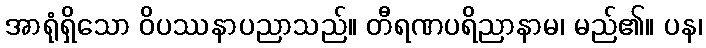
အာရုံရှိသော ဝိပဿနာပညာသည်။ တီရဏပရိညာနာမ၊ မည်၏။ ပန၊